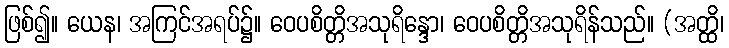
ဖြစ်၍။ ယေန၊ အကြင်အရပ်၌။ ဝေပစိတ္တိအသုရိန္ဒော၊ ဝေပစိတ္တိအသုရိန်သည်။ (အတ္ထိ၊